Code of medical and sanitary regulations for the guidance of medical officers serving in the Madras Presidency - Volume I
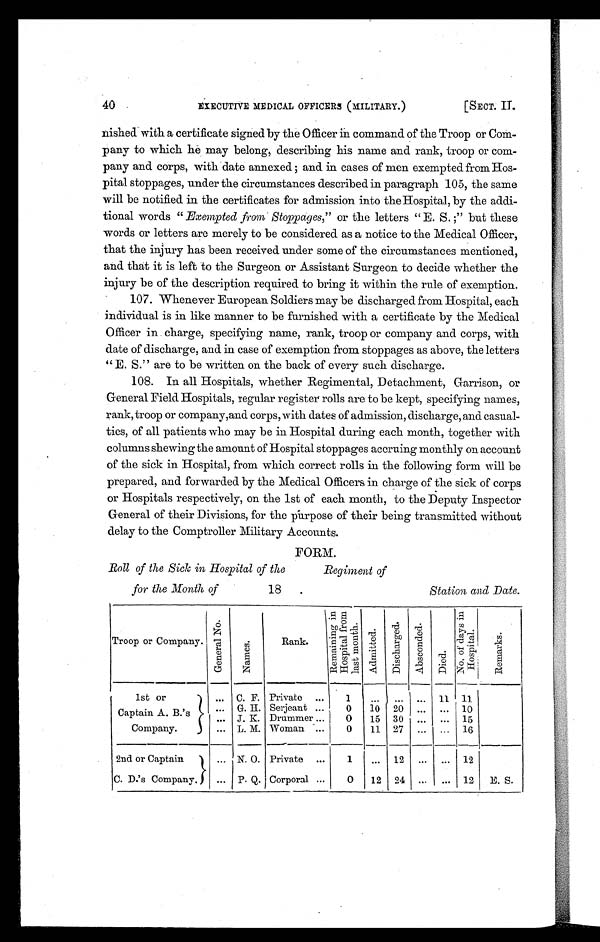
40
EXECUTIVE MEDICAL OFFICERS (MILITARY.)
[SECT. II.
nished with a certificate signed by the Officer in command of the Troop or Com-
pany to which he may belong, describing his name and rank, troop or com-
pany and corps, with date annexed ; and in cases of men exempted from Hos-
pital stoppages, under the circumstances described in paragraph 105, the same
will be notified in the certificates for admission into the Hospital, by the addi-
tional words "Exempted from Stoppages," or the letters " E. S. ;" but these
words or letters are merely to be considered as a notice to the Medical Officer,
that the injury has been received under some of the circumstances mentioned,
and that it is left to the Surgeon or Assistant Surgeon to decide whether the
injury be of the description required to bring it within the rule of exemption.
107. Whenever European Soldiers may be discharged from Hospital, each
individual is in like manner to be furnished with a certificate by the Medical
Officer in charge, specifying name, rank, troop or company and corps, with
date of discharge, and in case of exemption from stoppages as above, the letters
" E. S." are to be written on the back of every such discharge.
108. In all Hospitals, whether Regimental, Detachment, Garrison, or
General Field Hospitals, regular register rolls are to be kept, specifying names,
rank, troop or company,and corps, with dates of admission, discharge, and casual-
ties, of all patients who may be in Hospital during each month, together with
columns shewing the amount of Hospital stoppages accruing monthly on account
of the sick in Hospital, from which correct rolls in the following form will be
prepared, and forwarded by the Medical Officers in charge of the sick of corps
or Hospitals respectively, on the 1st of each month, to the Deputy Inspector
General of their Divisions, for the purpose of their being transmitted without
delay to the Comptroller Military Accounts.
FORM.
Roll of the Sick in Hospital of the
Regiment of
for the Month, of
18
Station and Date.
Troop or Company.
G e n e r a l N o .
N a m e s .
Rank.
R e m a i n i n g i n H o s p i t a l f r o m l a s t m o n t h .
A d m i t t e d .
D i s c h a r g e d . Ab s c o n d e d .
D i e d .
N o o f d a y s i n H o s p i t a l .
R e m a r k s .
1st or
Captain A. A B s
'
Company.
... C. F. Private ... 1 ... ... ... 11 11
... G. H. Serjeant ... 0 10 20 ... ... 10
... J. K. Drummer ... 0 15 30 ... ... 15
... L. M. Woman ... 0 11 27 ... ... 16
2nd or Captain
C. D.'s Company.
... N. O. Private ... 1 ... 12 ... ... 12
... P. Q. Corporal ... 0 12 24 ... ... 12 E. S.